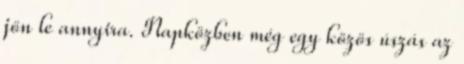
jön le annyira. Napközben még egy közös úszás az